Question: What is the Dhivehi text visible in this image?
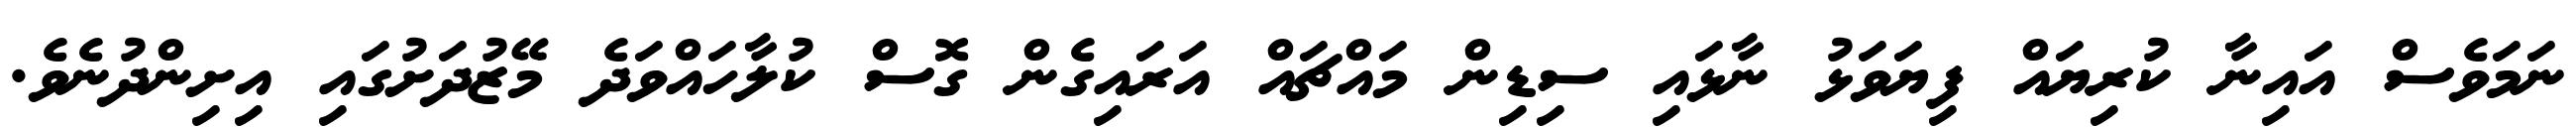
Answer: ނަމަވެސް އައިނާ ކުރިޔައް ފިޔަވަޅު ނާޅައި ސިޑިން މައްޗައް އަރައިގެން ގޮސް ކުލާހައްވަދެ މޭޒުދަށުގައި އިށިންދުނެވެ.